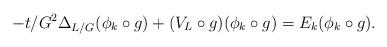
LaTeX: \begin{align*} - t/G^2 \Delta_{L/G} ( \phi_k \circ g ) + ( V_L \circ g) ( \phi_k \circ g ) = E_k (\phi_k \circ g) .\end{align*}